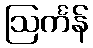
ဩင်္ကန်